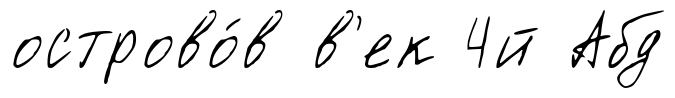
острово́в в'ек 4й Абд